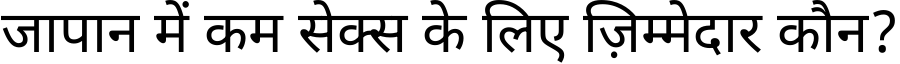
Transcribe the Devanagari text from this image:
जापान में कम सेक्स के लिए ज़िम्मेदार कौन?